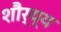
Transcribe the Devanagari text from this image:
शौर्य्य